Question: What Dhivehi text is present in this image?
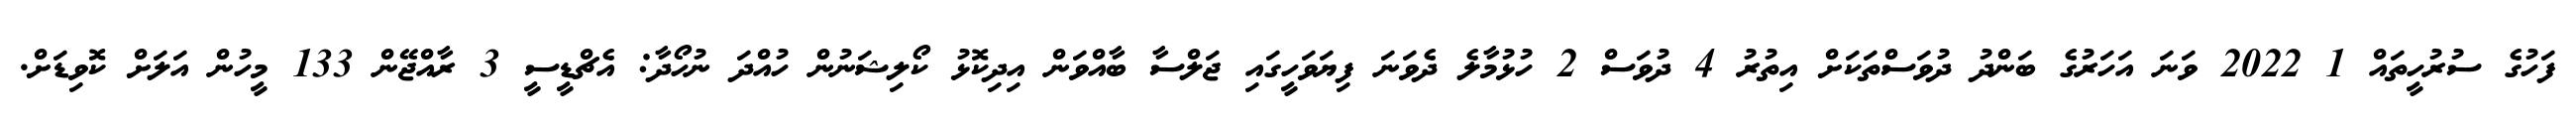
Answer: ފަހުގެ ސުރުހީތައް 1 2022 ވަނަ އަހަރުގެ ބަންދު ދުވަސްތަކަށް އިތުރު 4 ދުވަސް 2 ހުޅުމާލެ ދެވަނަ ފިޔަވަހީގައި ޖަލްސާ ބާއްވަން އިދިކޮޅު ކޯލިޝަނުން ހުއްދަ ނުހޯދާ: އެޗްޑީސީ 3 ރާއްޖޭން 133 މީހުން އަލަށް ކޮވިޑަށް.